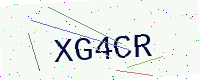
Text: XG4CR